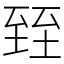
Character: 臸